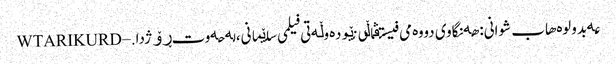
عەبدولوەهاب شوانی: هەنگاوی دووەمی فیستڤاڵی نێودەوڵەتی فیلمی سلێمانی، لە حەوت ڕۆژدا. – WTARIKURD